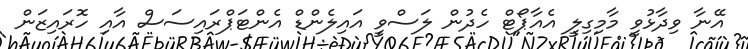
އޭނާ ވިދާޅުވީ މާމިގިލީ އެއާޕޯޓް ހެދުން ލަސްވީ އައިލެންޑް އެންޓަޕްރައިސަސް އާއި ހޮރައިޒަން